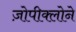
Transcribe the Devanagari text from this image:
ज़ोपीक्लोने